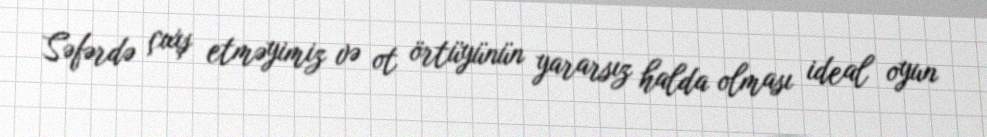
Səfərdə çıxış etməyimiz və ot örtüyünün yararsız halda olması ideal oyun